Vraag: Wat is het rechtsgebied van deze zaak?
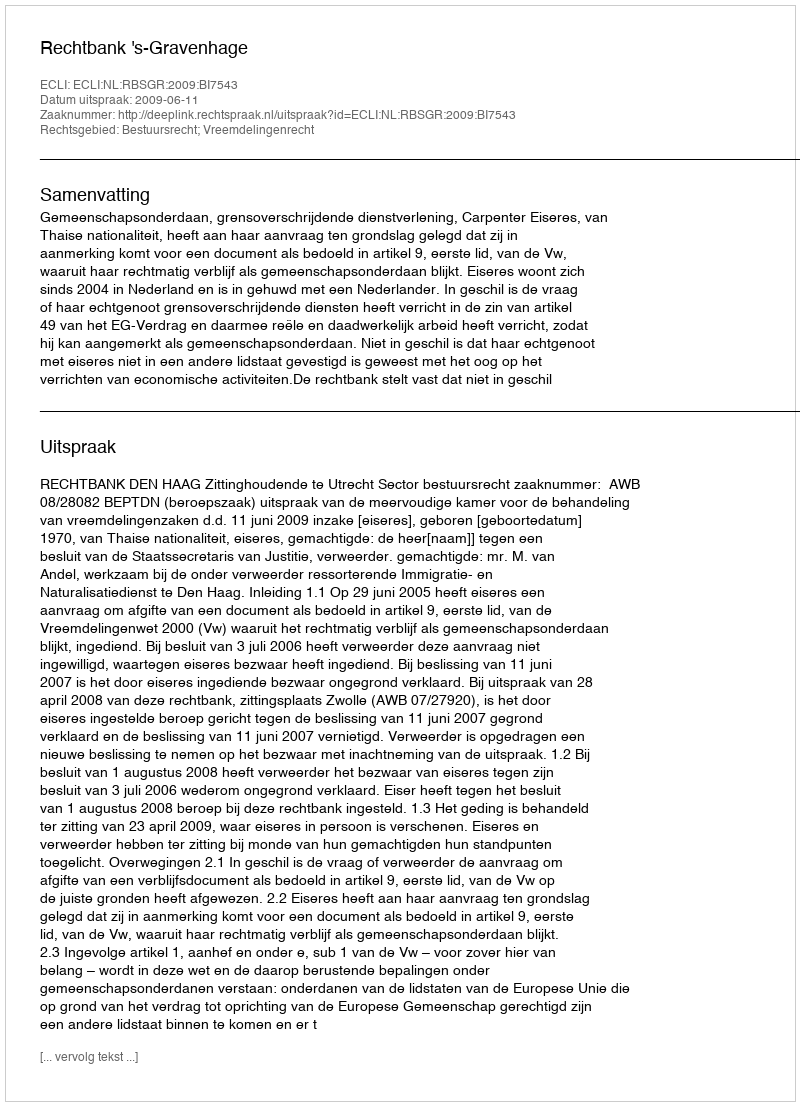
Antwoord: Bestuursrecht; Vreemdelingenrecht